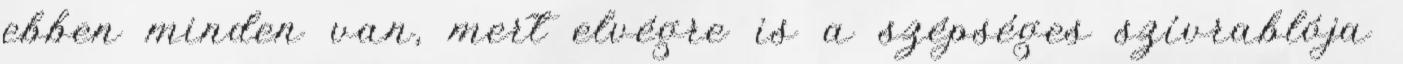
ebben minden van, mert elvégre is a szépséges szívrablója